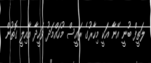
ލަތީފް ބުނީ އޭނާ އަކީ މިހާރުގެ ރައީސް މުހައްމަދު ވަހީދާ އާއިލީ ގޮތުން